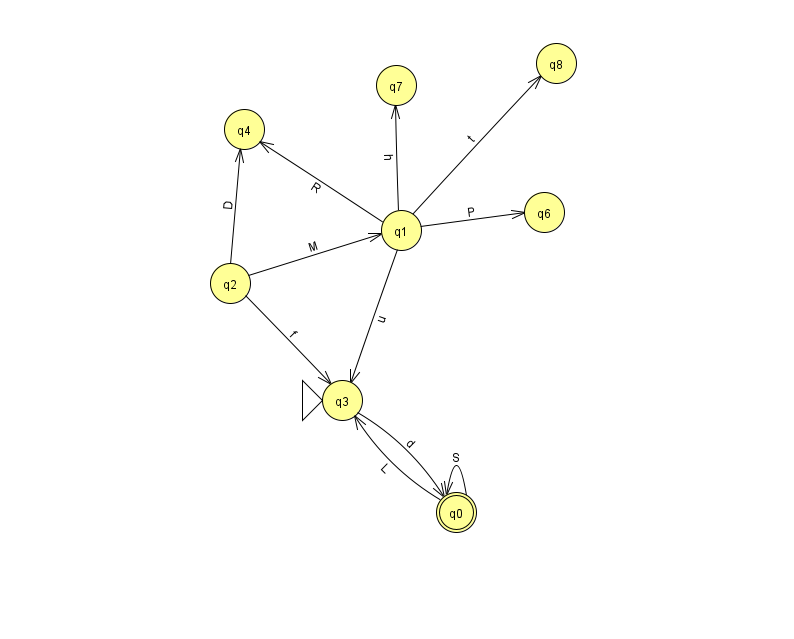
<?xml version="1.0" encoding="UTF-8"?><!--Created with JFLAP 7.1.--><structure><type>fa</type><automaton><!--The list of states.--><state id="0" name="q0"><x>456.0</x><y>499.0</y><final/></state><state id="1" name="q1"><x>401.0</x><y>217.0</y></state><state id="2" name="q2"><x>230.0</x><y>270.0</y></state><state id="3" name="q3"><x>342.0</x><y>387.0</y><initial/></state><state id="4" name="q4"><x>244.0</x><y>116.0</y></state><state id="6" name="q6"><x>544.0</x><y>199.0</y></state><state id="7" name="q7"><x>396.0</x><y>72.0</y></state><state id="8" name="q8"><x>556.0</x><y>50.0</y></state><!--The list of transitions.--><transition><from>1</from><to>3</to><read>u</read></transition><transition><from>0</from><to>3</to><read>L</read></transition><transition><from>2</from><to>1</to><read>M</read></transition><transition><from>1</from><to>8</to><read>t</read></transition><transition><from>0</from><to>0</to><read>S</read></transition><transition><from>2</from><to>4</to><read>D</read></transition><transition><from>3</from><to>0</to><read>d</read></transition><transition><from>1</from><to>4</to><read>R</read></transition><transition><from>1</from><to>6</to><read>P</read></transition><transition><from>1</from><to>7</to><read>h</read></transition><transition><from>2</from><to>3</to><read>f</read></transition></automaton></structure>